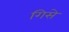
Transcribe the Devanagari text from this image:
गिसे